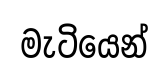
මැටියෙන්